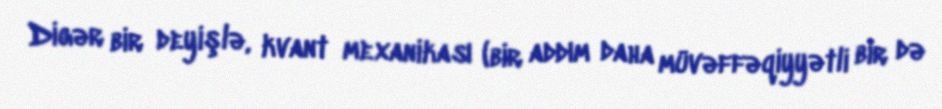
Digər bir deyişlə, kvant mexanikası (bir addım daha müvəffəqiyyətli bir də